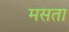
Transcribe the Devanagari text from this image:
मसता